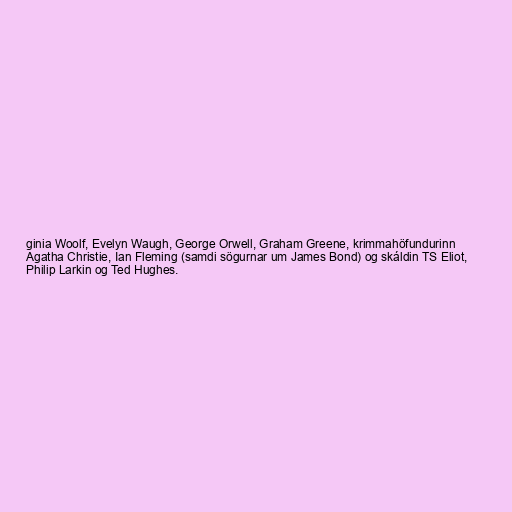
ginia Woolf, Evelyn Waugh, George Orwell, Graham Greene, krimmahöfundurinn
Agatha Christie, Ian Fleming (samdi sögurnar um James Bond) og skáldin TS Eliot,
Philip Larkin og Ted Hughes.